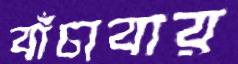
বাঁচাবার